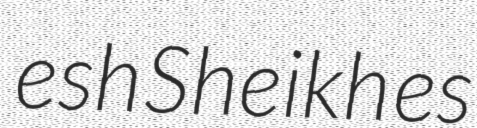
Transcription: esh Sheikh es